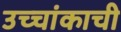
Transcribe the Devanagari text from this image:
उच्चांकाची